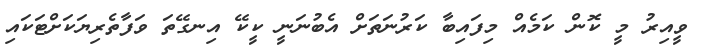
ވީއިރު މީ ކޮން ކަމެއް މިފައިބާ ކަރުނަތަށް އެބުނަނީ ކީކޭ އިނގޭތަ ވަފާތެރިޔަކަށްޓަކައި